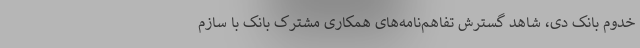
خدوم بانک دی، شاهد گسترش تفاهم‌نامه‌های همکاری مشترک بانک با سازم